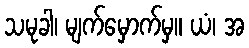
သမုခါ၊ မျက်မှောက်မှ။ ယံ၊ အ